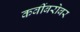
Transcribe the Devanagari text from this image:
कवींबरोबर